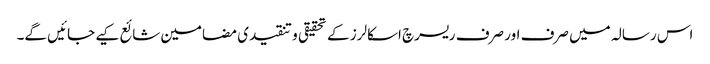
اس رسالہ میں صرف اور صرف ریسرچ اسکالرز کے تحقیقی و تنقیدی مضامین شائع کیے جائیں گے۔